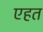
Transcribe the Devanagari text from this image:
एहत